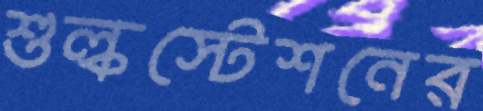
শুল্কস্টেশনের